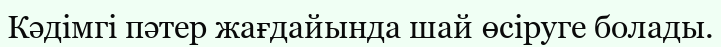
Кәдімгі пәтер жағдайында шай өсіруге болады.